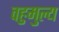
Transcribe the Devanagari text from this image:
वहुमुल्य